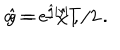
a = e ^ { \hat { g } | y | } \, , \hspace { 2 c m } \hat { g } = - \hat { \chi } T / 2 \, .